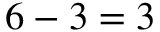
6 - 3 = 3